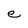
Character: e